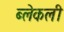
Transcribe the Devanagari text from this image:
ब्लेकली